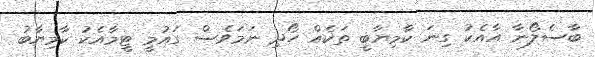
ބާސެލޯނާ އާއެކު ގިނަ ކާމިޔާބީ ތަކެއް ހޯދި ނަމަވެސް ގައުމީ ޓީމާއެކު ކާމިޔާބު